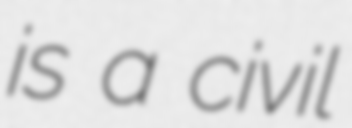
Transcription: is a civil